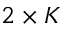
2 \times K